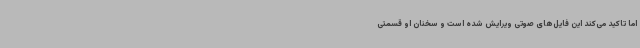
اما تاکید می‌کند این فایل‌های صوتی ویرایش شده است و سخنان او قسمتی